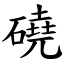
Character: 磽